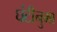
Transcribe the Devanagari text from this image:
घंटीनुमा